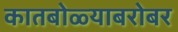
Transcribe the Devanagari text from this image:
कातबोळ्याबरोबर